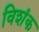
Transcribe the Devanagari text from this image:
विशंक